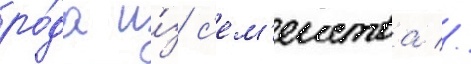
ро́да и́з с'ем'еиства //